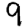
Digit: 9